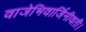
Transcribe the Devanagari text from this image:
वाजेभिवार्जिनीवती।